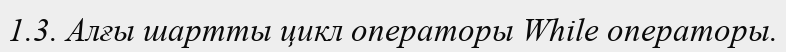
1.3. Алғы шартты цикл операторы While операторы.